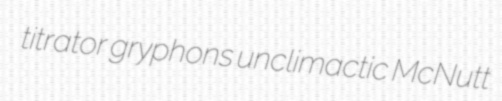
titrator gryphons unclimactic McNutt